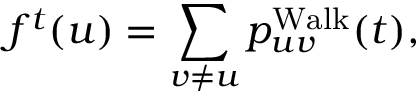
f ^ { t } ( u ) = \sum _ { v \ne u } p _ { u v } ^ { \operatorname { W a l k } } ( t ) ,